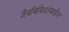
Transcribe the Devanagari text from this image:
जैवविविधतेमधील